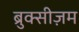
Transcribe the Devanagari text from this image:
ब्रुक्सीज़म